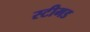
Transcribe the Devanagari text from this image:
स्टीमड